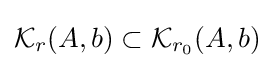
{\mathcal {K}}_{r}(A,b)\subset {\mathcal {K}}_{r_{0}}(A,b)